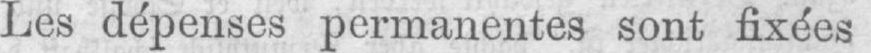
Les dépenses permanentes sont fixées